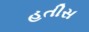
હતીસ